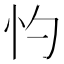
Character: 㣿